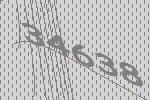
34638